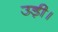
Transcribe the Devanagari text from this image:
उड़ी।